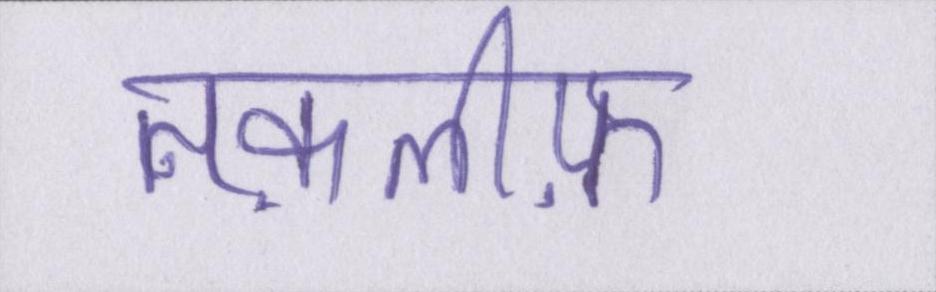
तक़लीफ़